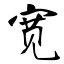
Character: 宽